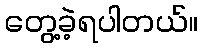
တွေ့ခဲ့ရပါတယ်။